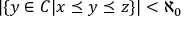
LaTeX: | \{ y \in C | x \preceq y \preceq z \} | < \aleph _ { 0 }